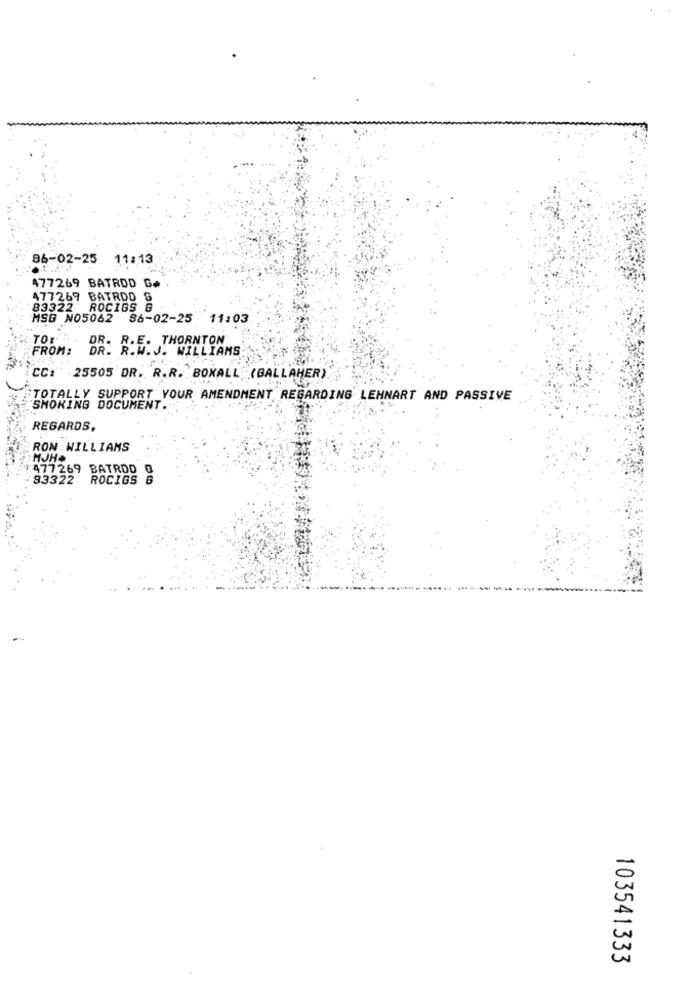
86-02-25 11:13
477269 BATROD G#
477269 BATRDD G
83322 ROCIGS G
MSG NO5062
86-02-25 - 11:03
TOR
DR. R.E. THORNTON
FROM:
DR. R.W. J. WILLIAMS
CC: 25505 DR. R.R. BOXALL" (GALLAHER)
TOTALLY SUPPORT YOUR AMENDMENT REGARDING LEHNART AND PASSIVE
SMOKING DOCUMENT.
REGARDS,
RON .WILLIAMS
477269 BATRDD 0
83322 ROCIGS 6
103541333